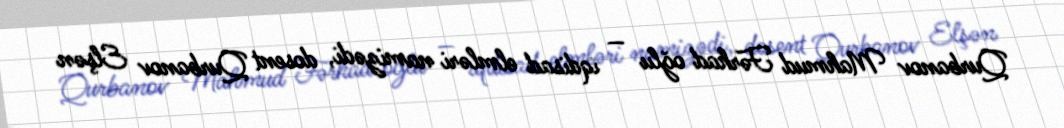
Qurbanov Mahmud Fərhad oğlu — iqdisad elmləri namizədi, dosent Qurbanov Elşən